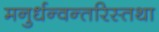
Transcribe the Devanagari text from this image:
मनुर्धन्वन्तरिस्तथा